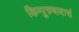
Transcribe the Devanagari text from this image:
किम्पुरुषावासं